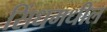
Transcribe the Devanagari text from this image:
सिंधमधील